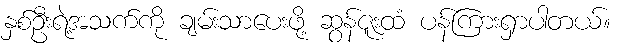
နှစ်ဦးရဲ့အသက်ကို ချမ်းသာပေးဖို့ ဆွန်ဇူးထံ ပန်ကြားရှာပါတယ်။